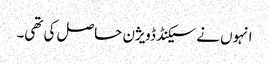
انہوں نے سیکنڈ ڈویژن حاصل کی تھی۔